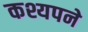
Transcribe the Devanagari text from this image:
कश्यपने